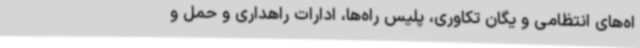
اه‌های انتظامی و یگان تکاوری، پلیس راه‌ها، ادارات راهداری و حمل و